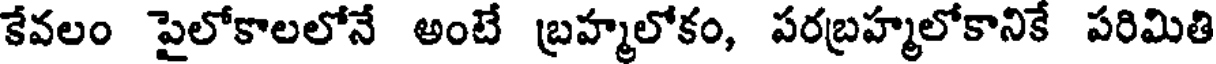
కేవలం పైలోకాలలోనే అంటే బ్రహ్మలోకం, పరబ్రహ్మలోకానికే పరిమితి